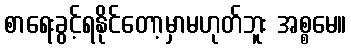
စာရေးခွင့်ရနိုင်တော့မှာမဟုတ်ဘူး အစ္စမေ။